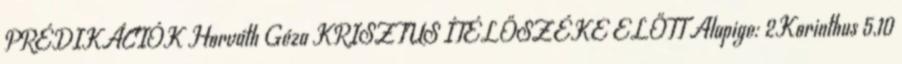
PRÉDIKÁCIÓK Horváth Géza KRISZTUS ÍTÉLŐSZÉKE ELŐTT Alapige: 2Korinthus 5,10